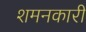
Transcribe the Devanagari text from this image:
शमनकारी